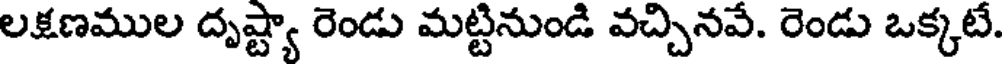
లక్షణముల దృష్ట్యా రెండు మట్టినుండి వచ్చినవే. రెండు ఒక్కటే.